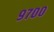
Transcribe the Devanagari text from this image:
९७००